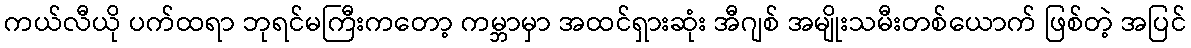
ကယ်လီယို ပက်ထရာ ဘုရင်မကြီးကတော့ ကမ္ဘာမှာ အထင်ရှားဆုံး အီဂျစ် အမျိုးသမီးတစ်ယောက် ဖြစ်တဲ့ အပြင်